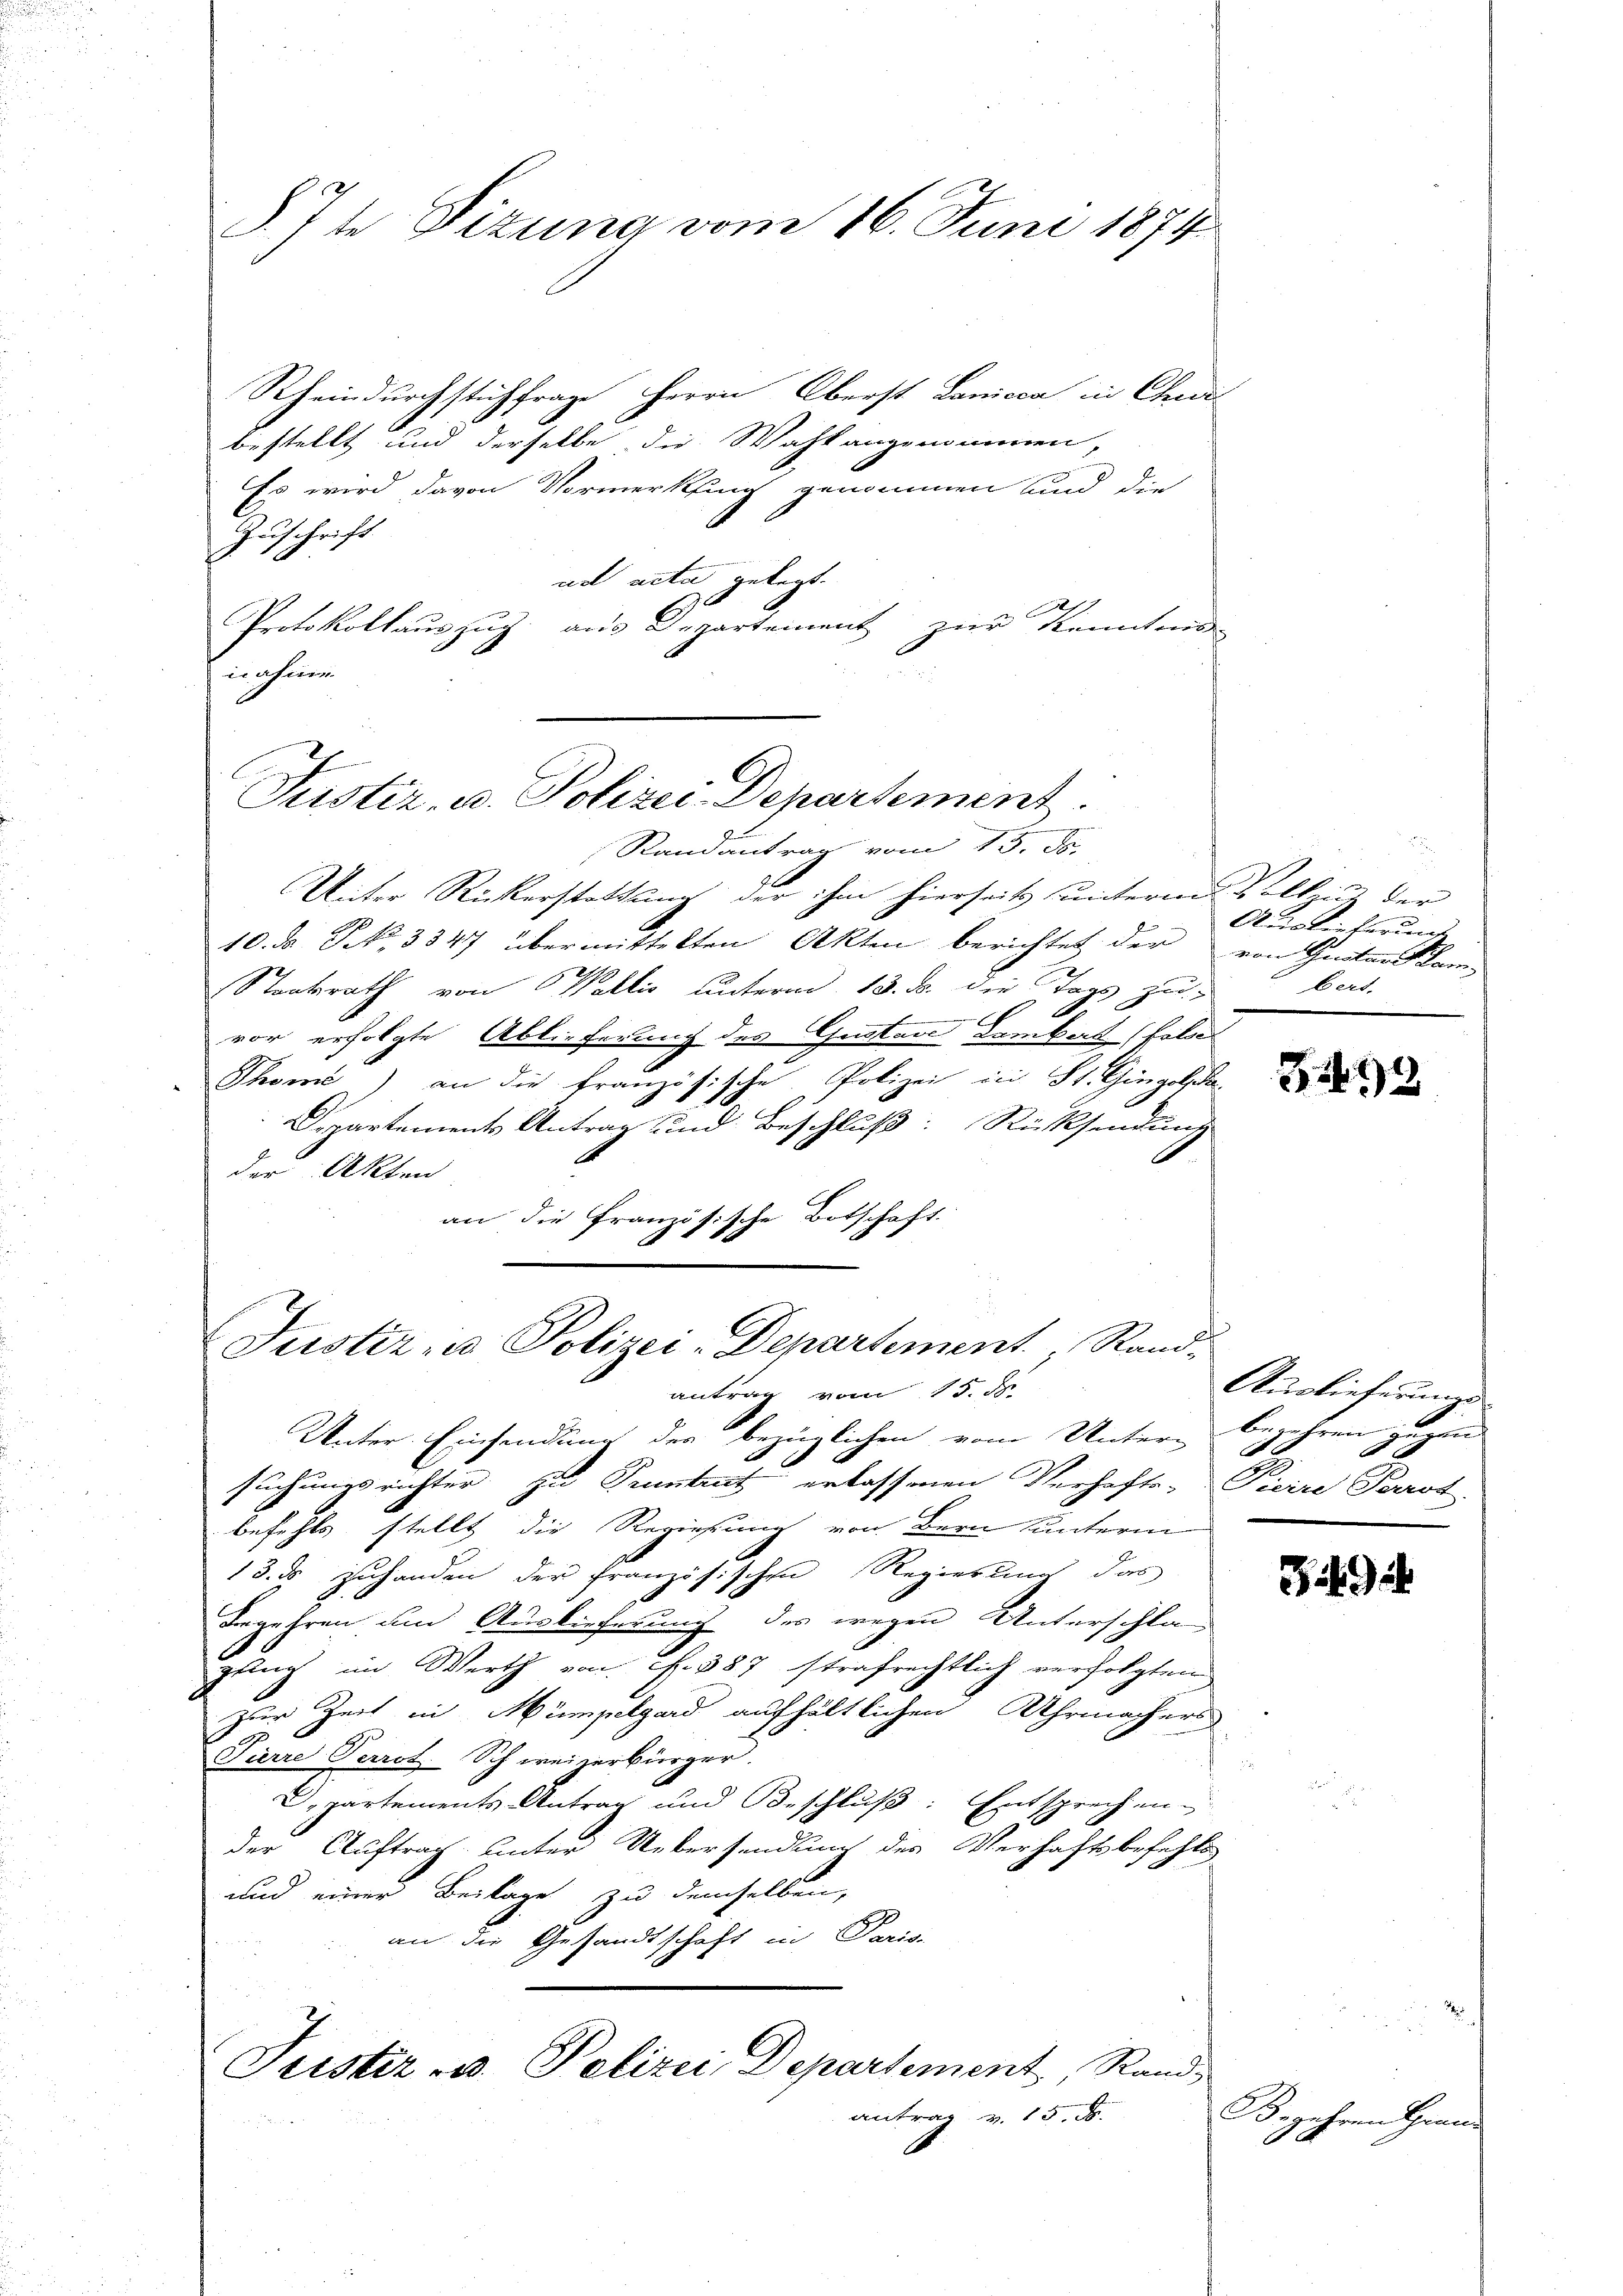
§. 7te Sizung vom 16. Juni 1874.

Rheindurchstichfrage Herrn Oberst Lanicca in Chur
bestellt und derselbe, die Wahl angenommen,
Es wird davon Vormerkung genommen und die
Zuschrift
ud acta gelegt.
Protokollauszug aus Departement zur Kenntnis-
in ihnen
Randantrag vom 15. J
Unter Rückerstattung der ihm hierseits unterm Vollzug der
10. d. S. 3347 übermittelten Akten berichtet der
Staatsrath von Wallis unterm 13. ds. die Tags zu
vor erfolgte Ablieferung des Gustav Lambert (Felde
Thome) an die französische Polizei in St. Gingolde
Departements Antrag und Beschluß: Rücksendung
.
der Akten
an die Französische Botschaft.
Justiz - Polizei-Departement, Rand-
antrag vom 15. ds.
Unter Einsendung des bezüglichen vom Untern
suchungsrichter zu Pruntrut erlassenen Verhafts-
befehls stellt die Regierung von Bern unterm
13. ds zuhanden der französischen Regierung das
Begehren um Auslieferung des wegen Unterschla-
gung im Werth von f. 387 strafrechtlich verfolgten
zur Zeit in Mümpelgard aufhältlichen Uhrmachers
Pierre Perrot. Schweizerbürger.
Departements Antrag und Beschluß: Entsprechen
der Auftrag unter Uebersendung des Verhaftsbefehle
und einer Beilage zu demselben,
an die Gesandtschaft in Paris.
Justiz u. Polizei Departement, Rand
antrag v. 15 x

Justiz- u. Polizei Departement

Auslieferung
von Gritanskambert.

G.2472

Auslieferungs
begehren gegen
 x
Picire Perrot

Zieh

B. jahren Him
6